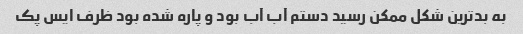
به بدترین شکل ممکن رسید دستم آب آب بود و پاره شده بود ظرف ایس پک